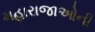
મહારાજાઓની